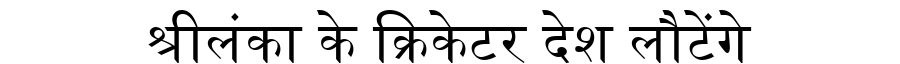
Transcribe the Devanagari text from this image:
श्रीलंका के क्रिकेटर देश लौटेंगे